Lunatic asylums Madras 1877-1891 - 1877-1891
Year: 1877
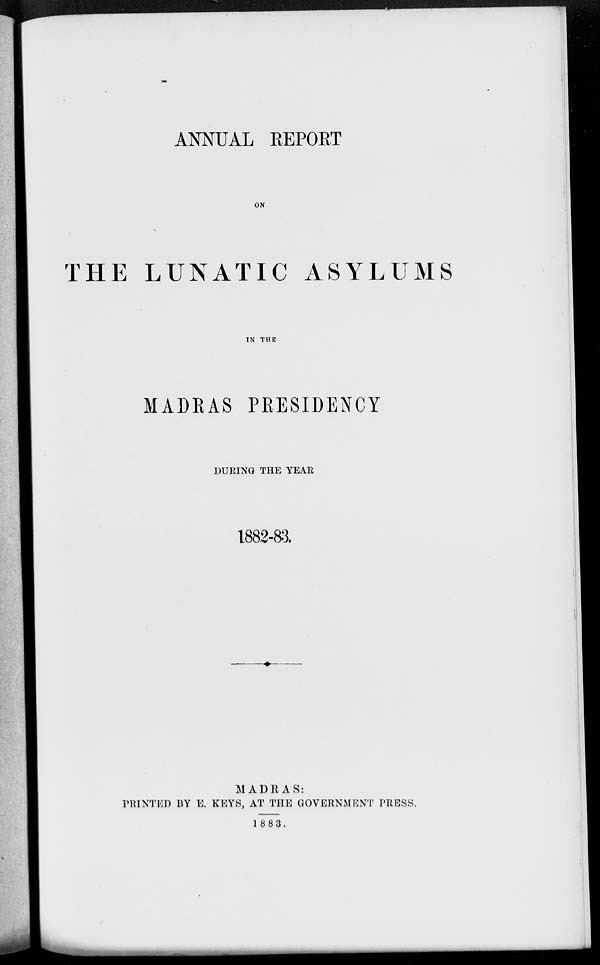
ANNUAL REPORT
ON
THE LUNATIC ASYLUMS
IN THE
MADRAS PRESIDENCY
DURING THE YEAR
1882-83.
MADRAS:
PRINTED BY E. KEYS, AT THE GOVERNMENT PRESS.
1 883.